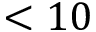
< 1 0